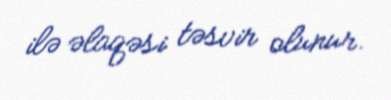
ilə əlaqəsi təsvir olunur.